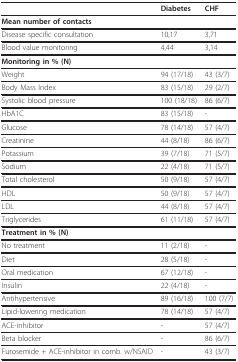
<table><thead><tr><td></td><td><b>Diabetes</b></td><td><b>CHF</b></td></tr></thead><tbody><tr><td><b>Mean number of contacts</b></td><td></td><td></td></tr><tr><td>Disease specific consultation</td><td>10,17</td><td>3,71</td></tr><tr><td>Blood value monitoring</td><td>4,44</td><td>3,14</td></tr><tr><td><b>Monitoring in % (N)</b></td><td></td><td></td></tr><tr><td>Weight</td><td>94 (17/18)</td><td>43 (3/7)</td></tr><tr><td>Body Mass Index</td><td>83 (15/18)</td><td>29 (2/7)</td></tr><tr><td>Systolic blood pressure</td><td>100 (18/18)</td><td>86 (6/7)</td></tr><tr><td>HbA1C</td><td>83 (15/18)</td><td>-</td></tr><tr><td>Glucose</td><td>78 (14/18)</td><td>57 (4/7)</td></tr><tr><td>Creatinine</td><td>44 (8/18)</td><td>86 (6/7)</td></tr><tr><td>Potassium</td><td>39 (7/18)</td><td>71 (5/7)</td></tr><tr><td>Sodium</td><td>22 (4/18)</td><td>71 (5/7)</td></tr><tr><td>Total cholesterol</td><td>50 (9/18)</td><td>57 (4/7)</td></tr><tr><td>HDL</td><td>50 (9/18)</td><td>57 (4/7)</td></tr><tr><td>LDL</td><td>44 (8/18)</td><td>57 (4/7)</td></tr><tr><td>Triglycerides</td><td>61 (11/18)</td><td>57 (4/7)</td></tr><tr><td><b>Treatment in % (N)</b></td><td></td><td></td></tr><tr><td>No treatment</td><td>11 (2/18)</td><td>-</td></tr><tr><td>Diet</td><td>28 (5/18)</td><td>-</td></tr><tr><td>Oral medication</td><td>67 (12/18)</td><td>-</td></tr><tr><td>Insulin</td><td>22 (4/18)</td><td>-</td></tr><tr><td>Antihypertensive</td><td>89 (16/18)</td><td>100 (7/7)</td></tr><tr><td>Lipid-lowering medication</td><td>78 (14/18)</td><td>57 (4/7)</td></tr><tr><td>ACE-inhibitor</td><td>-</td><td>57 (4/7)</td></tr><tr><td>Beta blocker</td><td>-</td><td>86 (6/7)</td></tr><tr><td>Furosemide + ACE-inhibitor in comb. w/NSAID</td><td>-</td><td>43 (3/7)</td></tr></tbody></table>